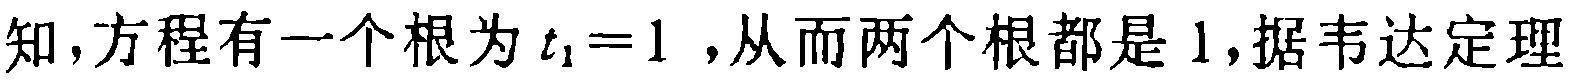
知,方程有一个根为\(t_{1}=1\),从而两个根都是\(1\),据韦达定理